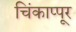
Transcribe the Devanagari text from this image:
चिंकाप्पूर